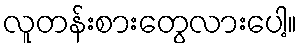
လူတန်းစားတွေလားပေါ့။